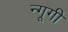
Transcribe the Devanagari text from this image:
न्गूगी